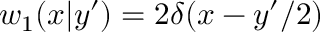
w _ { 1 } ( x | y ^ { \prime } ) = 2 \delta ( x - y ^ { \prime } / 2 )